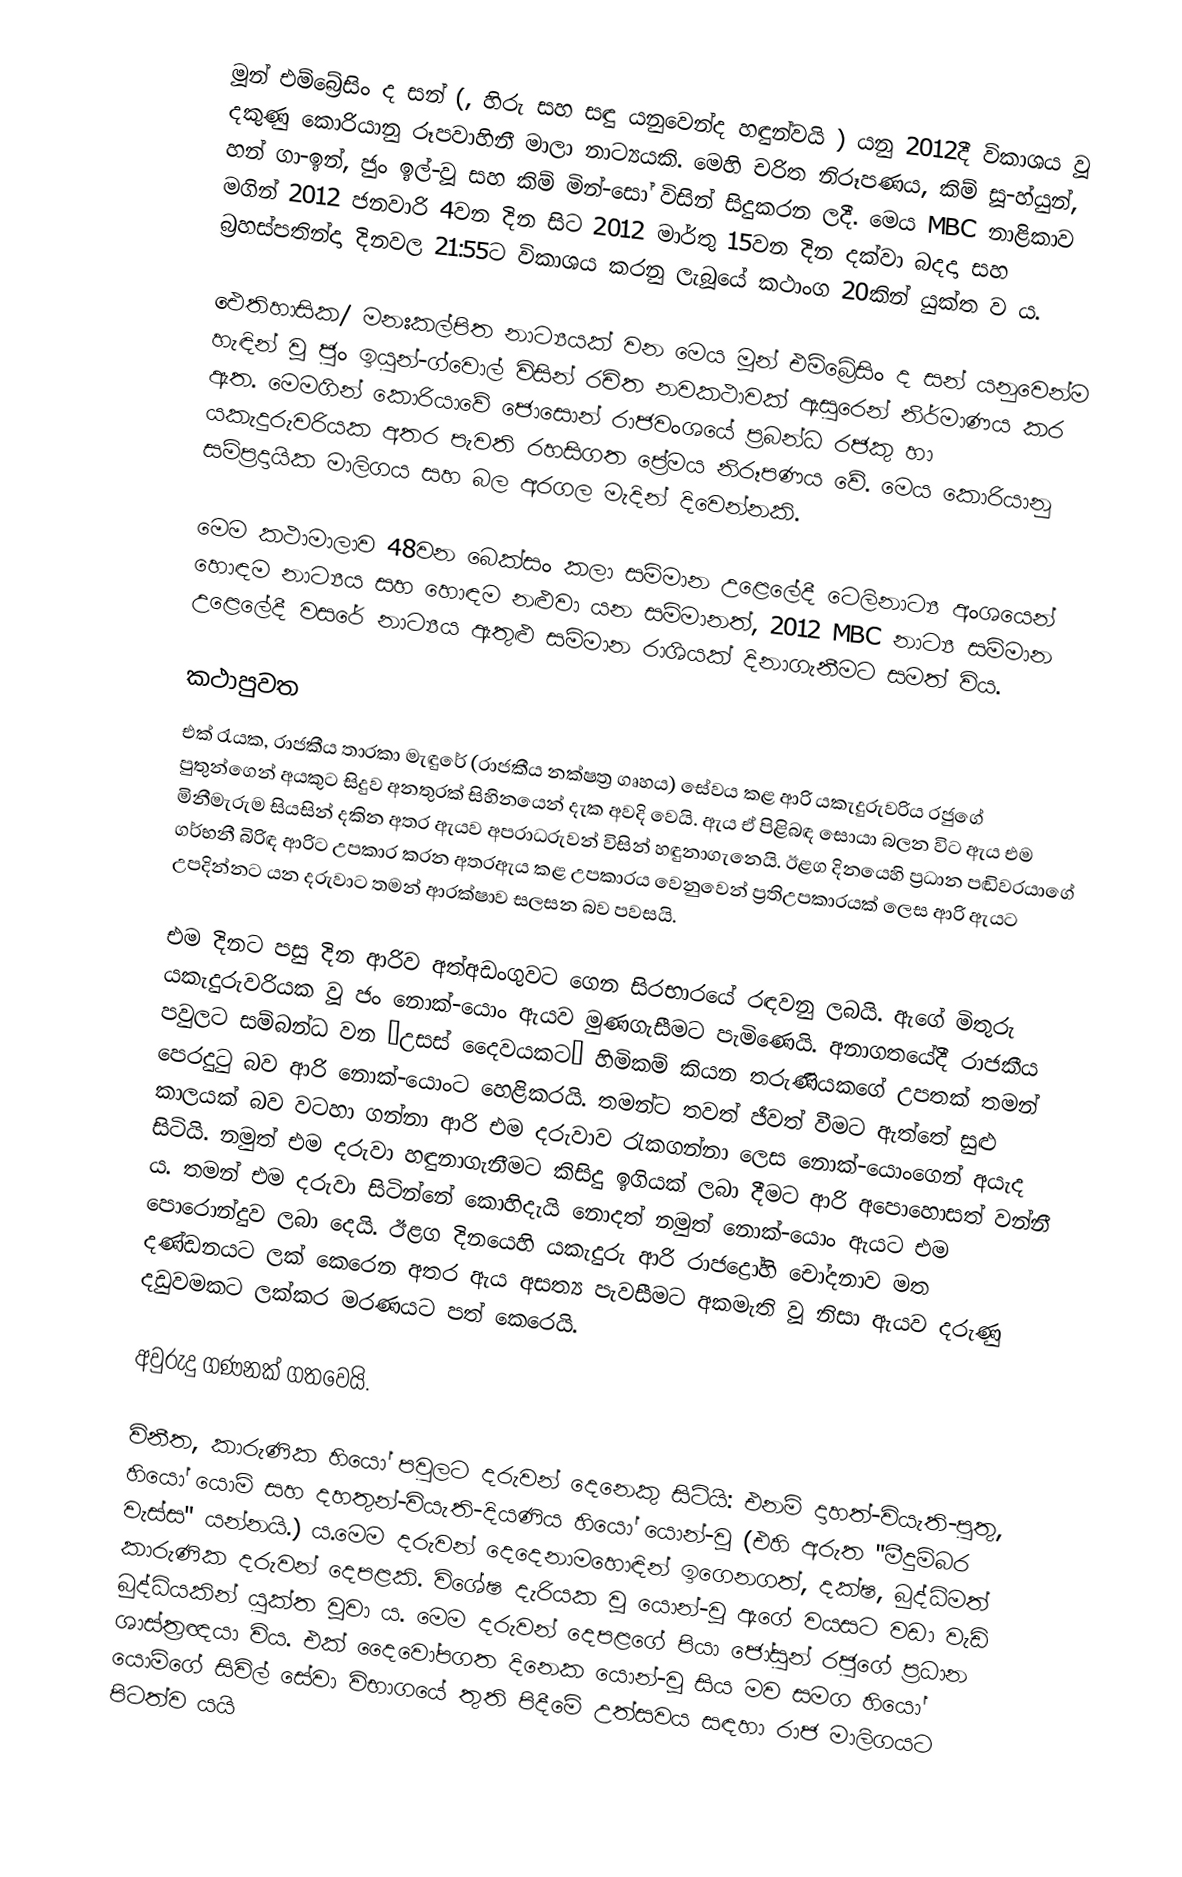
මූන් එම්බ්‍රේසිං ද සන් (, හිරු සහ සඳු යනුවෙන්ද හඳුන්වයි ) යනු 2012දී විකාශය වූ දකුණු කොරියානු රූපවාහිනී මාලා නාට්‍යයකි. මෙහි චරිත නිරූපණය, කිම් සූ-හ්යුන්, හන් ගා-ඉන්, ජුං ඉල්-වූ සහ කිම් මින්-සෝ විසින් සිදුකරන ලදී. මෙය MBC නාළිකාව මගින් 2012 ජනවාරි 4වන දින සිට 2012 මාර්තු 15වන දින දක්වා බදදා සහ බ්‍රහස්පතින්දා දිනවල  21:55ට විකාශය කරනු ලැබූයේ කථාංග 20කින් යුක්ත ව ය.

ඓතිහාසික/ මනඃකල්පිත නාට්‍යයක් වන මෙය මූන් එම්බ්‍රේසිං ද සන් යනුවෙන්ම හැඳින් වූ ජුං ඉයුන්-ග්වොල් විසින් රචිත නවකථාවක් ඇසුරෙන් නිර්මාණය කර ඇත. මෙමගින් කොරියාවේ  ජොසොන් රාජවංශයේ ප්‍රබන්ධ රජකු හා යකැදුරුවරියක අතර පැවති රහසිගත ප්‍රේමය නිරූපණය වේ. මෙය කොරියානු සම්ප්‍රදායික මාලිගය සහ බල අරගල මැදින් දිවෙන්නකි.

මෙම කථාමාලාව 48වන බෙක්සං කලා සම්මාන උළෙලේදී ටෙලිනාට්‍ය අංශ‍යෙන් හොඳම නාට්‍යය සහ හොඳම නළුවා යන සම්මානත්, 2012 MBC නාට්‍ය සම්මාන උළෙලේදී වසරේ නාට්‍යය ඇතුළු සම්මාන රාශියක් දිනාගැනීමට සමත් විය.

කථාපුවත
එක් රැයක, රාජකීය තාරකා මැඳුරේ (රාජකීය නක්ෂත්‍ර ගෘහය) සේවය කළ ආරි යකැදුරුවරිය රජුගේ පුතුන්ගෙන් අයකුට සිදුව අනතුරක් සිහිනයෙන් දැක අවදි වෙයි. ඇය ඒ පිළිබඳ සොයා බලන විට ඇය එම මිනීමැරුම සියසින් දකින අතර ඇයව අපරාධරුවන් විසින් හඳුනාගැනෙයි. ඊළග දිනයෙහි ප්‍රධාන පඬිවරයාගේ ගර්භනී බිරිඳ ආරිට උපකාර කරන අතරඇය කළ උපකාරය වෙනුවෙන් ප්‍රතිඋපකාරයක් ලෙස ආරි ඇයට උපදින්නට යන  දරුවාට තමන් ආරක්ෂාව සලසන බව පවසයි.

එම දිනට පසු දින ආරිව අත්අඩංගුවට ගෙන සිරභාරයේ රඳවනු ලබයි. ඇගේ මිතුරු යකැදුරුවරියක වූ ජං නොක්-යොං ඇයව මුණගැසීමට පැමිණෙයි. අනාග‍තයේදී රාජකීය පවුලට සම්බන්ධ වන “උසස් දෛවයකට” හිමිකම් කියන තරුණියකගේ උපතක් තමන් පෙරදුටු බව ආරි නොක්-යොංට හෙළිකරයි. තමන්ට තවත් ජීවත් වීමට ඇත්තේ සුළු කාලයක් බව වටහා ගන්නා ආරි එම දරුවාව රැකගන්නා ලෙස නොක්-යොංගෙන් අයැද සිටියි. නමුත් එම දරුවා හඳුනාගැනීමට කිසිදු ඉගියක් ලබා දීමට ආරි අපොහොසත් වන්නී ය. තමන් එම දරුවා සිටින්නේ කොහිදැයි නොදත් නමුත් නොක්-යොං ඇයට එම පොරොන්දුව ලබා දෙයි. ඊළග දිනයෙහි යකැදුරු ආරි රාජද්‍රෝහි චෝදනාව මත දණ්ඩනයට ලක් කෙරෙන අතර ඇය අසත්‍ය පැවසීමට අකමැති වූ නිසා ඇයව දරුණු දඩුවමකට ලක්කර මරණයට පත් කෙරෙයි.

අවුරුදු ගණනක් ගතවෙයි.

විනීත, කාරුණික හියෝ පවුලට දරුවන් දෙනෙකු සිටියි: එනම් දාහත්-වියැති-පුතු, හියෝ යොම් සහ දහතුන්-වියැති-දියණිය හියෝ යොන්-වූ (එහි අරුත "මීදුම්බර වැස්ස" යන්නයි.) ය.මෙම දරුවන් දෙදෙනාමහොඳින් ඉගෙනගත්, දක්ෂ, බුද්ධිමත් කාරුණික දරුවන් දෙපළකි. විශේෂ දැරියක වූ යොන්-වූ ඇගේ වයසට වඩා වැඩි බුද්ධියකින් යුක්ත වූවා ය. මෙම දරුවන් දෙපළගේ පියා ජෝසුන් රජුගේ ප්‍රධාන ශාස්ත්‍රඥයා විය. එක් දෛවෝපගත දිනෙක යොන්-වූ සිය මව සමග හියෝ යොම්ගේ සිවිල් සේවා විභාගයේ තුති පිදීමේ උත්සවය සඳහා රාජ මාලිගයට පිටත්ව යයි